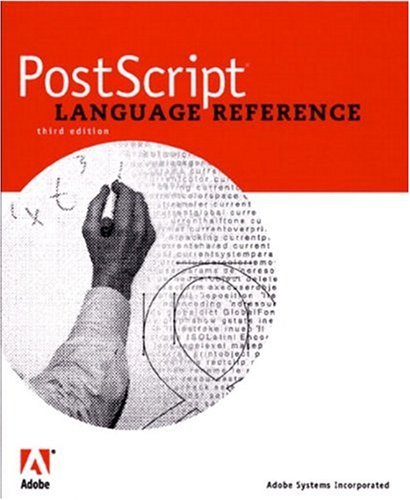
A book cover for PostScript Language Reference (3rd Edition); Adobe Systems  Inc.; Computers & Technology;